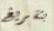
بتفريغ